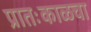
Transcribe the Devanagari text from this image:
प्रातःकाळचा